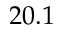
2 0 . 1